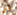
دمي